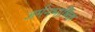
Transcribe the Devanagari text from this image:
जर्मनभाषिक